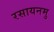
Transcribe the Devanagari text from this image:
रसायनमु